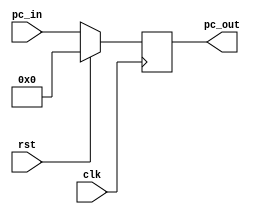
module pc(clk, rst, pc_in, pc_out);
    parameter PC_WIDTH_LENGTH = 32;
    
    input clk, rst;
    input [PC_WIDTH_LENGTH-1:0] pc_in;

    output reg [PC_WIDTH_LENGTH-1:0] pc_out;

    initial pc_out = 32'b00000000_00000000_00000000_00000000;

    always@ (posedge clk) begin
    if (rst==1)
        pc_out = 32'b00000000_00000000_00000000_00000000;
    else 
        pc_out = pc_in; 
    end   
endmodule